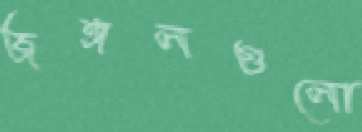
জঙ্গলগুলো